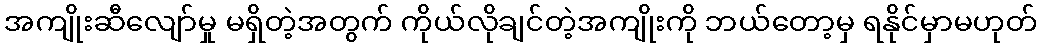
အကျိုးဆီလျော်မှု မရှိတဲ့အတွက် ကိုယ်လိုချင်တဲ့အကျိုးကို ဘယ်တော့မှ ရနိုင်မှာမဟုတ်